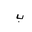
Letter: _ba